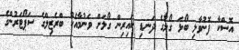
އޮސްކާ ފޮނުވާލި ބޯޅަ ގޯލުގެ ދަނޑި ކައިރިން ގޯލަށް ވަނުމާއެކު ބްރެޒިލްގެ ސަޕޯޓަރުންގެ